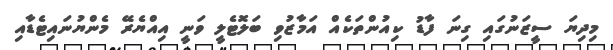
މިދިޔަ ސީޒަނުގައި ގިނަ ފާޑު ކިއުންތަކެއް އަމާޒުވި ބަލޮޓެލީ ވަނީ އިއްޔެރޭ މެންޔުނައިޓެޑާއި